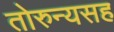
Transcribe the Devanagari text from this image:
तोरुन्यसह